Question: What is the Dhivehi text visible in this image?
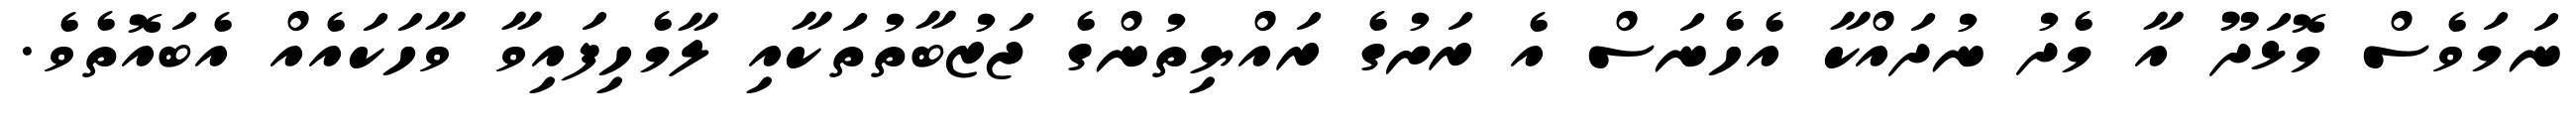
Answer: ނަމަވެސް މޮޅަދޫ އާ މެދު ނުދައްކާ އެހެނަސް އެ ރަށުގެ ރައްޔިތުންގެ ޖަޒުބާތުތަކާއި ލާމެހިފައިވާ ވާހަކައެއް އެބައޮތެވެ.